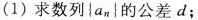
(1)求数列\left\{a_{n}\right\}的公差d；